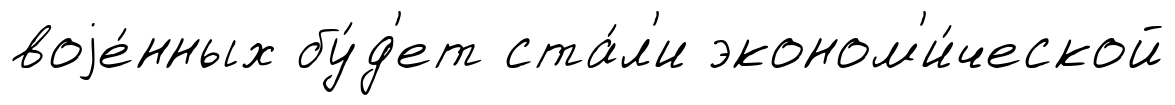
воjе́нных бу́д'ет ста́л'и эконом'и́ческой